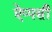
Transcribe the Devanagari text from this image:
ऐप्पसी